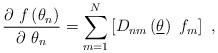
LaTeX: \begin{align*}\frac{\partial ~f\left( \theta _{n}\right) }{\partial ~\theta _{n}}=\sum_{m=1}^{N}\left[ D_{nm}\left( \underline{\theta }\right) ~f_{m}\right]~,\end{align*}